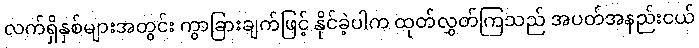
လက်ရှိနှစ်များအတွင်း ကွာခြားချက်ဖြင့် နိုင်ခဲ့ပါက ထုတ်လွှတ်ကြသည် အပတ်အနည်းငယ်